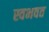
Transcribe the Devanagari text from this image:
स्वभवत